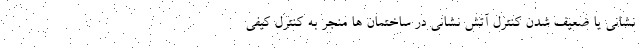
نشانی یا ضعیف شدن کنترل آتش نشانی در ساختمان ها منجر به کنترل کیفی